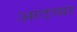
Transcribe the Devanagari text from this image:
आठव्‍या